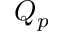
Q _ { p }